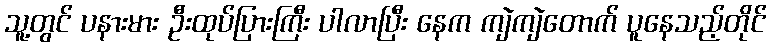
သူ့တွင် ပနားမား ဦးထုပ်ပြားကြီး ပါလာပြီး နေက ကျဲကျဲတောက် ပူနေသည့်တိုင်